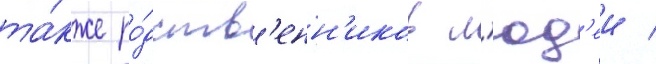
та́кже ро́дств'енн'иков л'юд'еи /